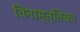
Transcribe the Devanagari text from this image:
विनामृत्तिका